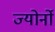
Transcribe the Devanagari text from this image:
ज्योर्नो